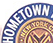
HOMETOWN